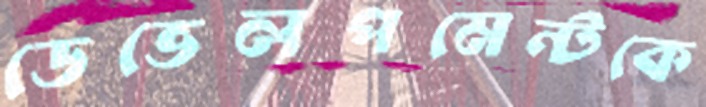
ডেভেলপমেন্টকে